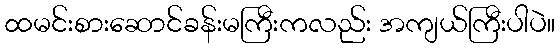
ထမင်းစားဆောင်ခန်းမကြီးကလည်း အကျယ်ကြီးပါပဲ။